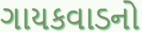
ગાયકવાડનો